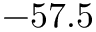
- 5 7 . 5